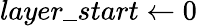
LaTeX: layer\_ start\gets 0